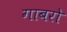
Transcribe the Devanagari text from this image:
गाबरो